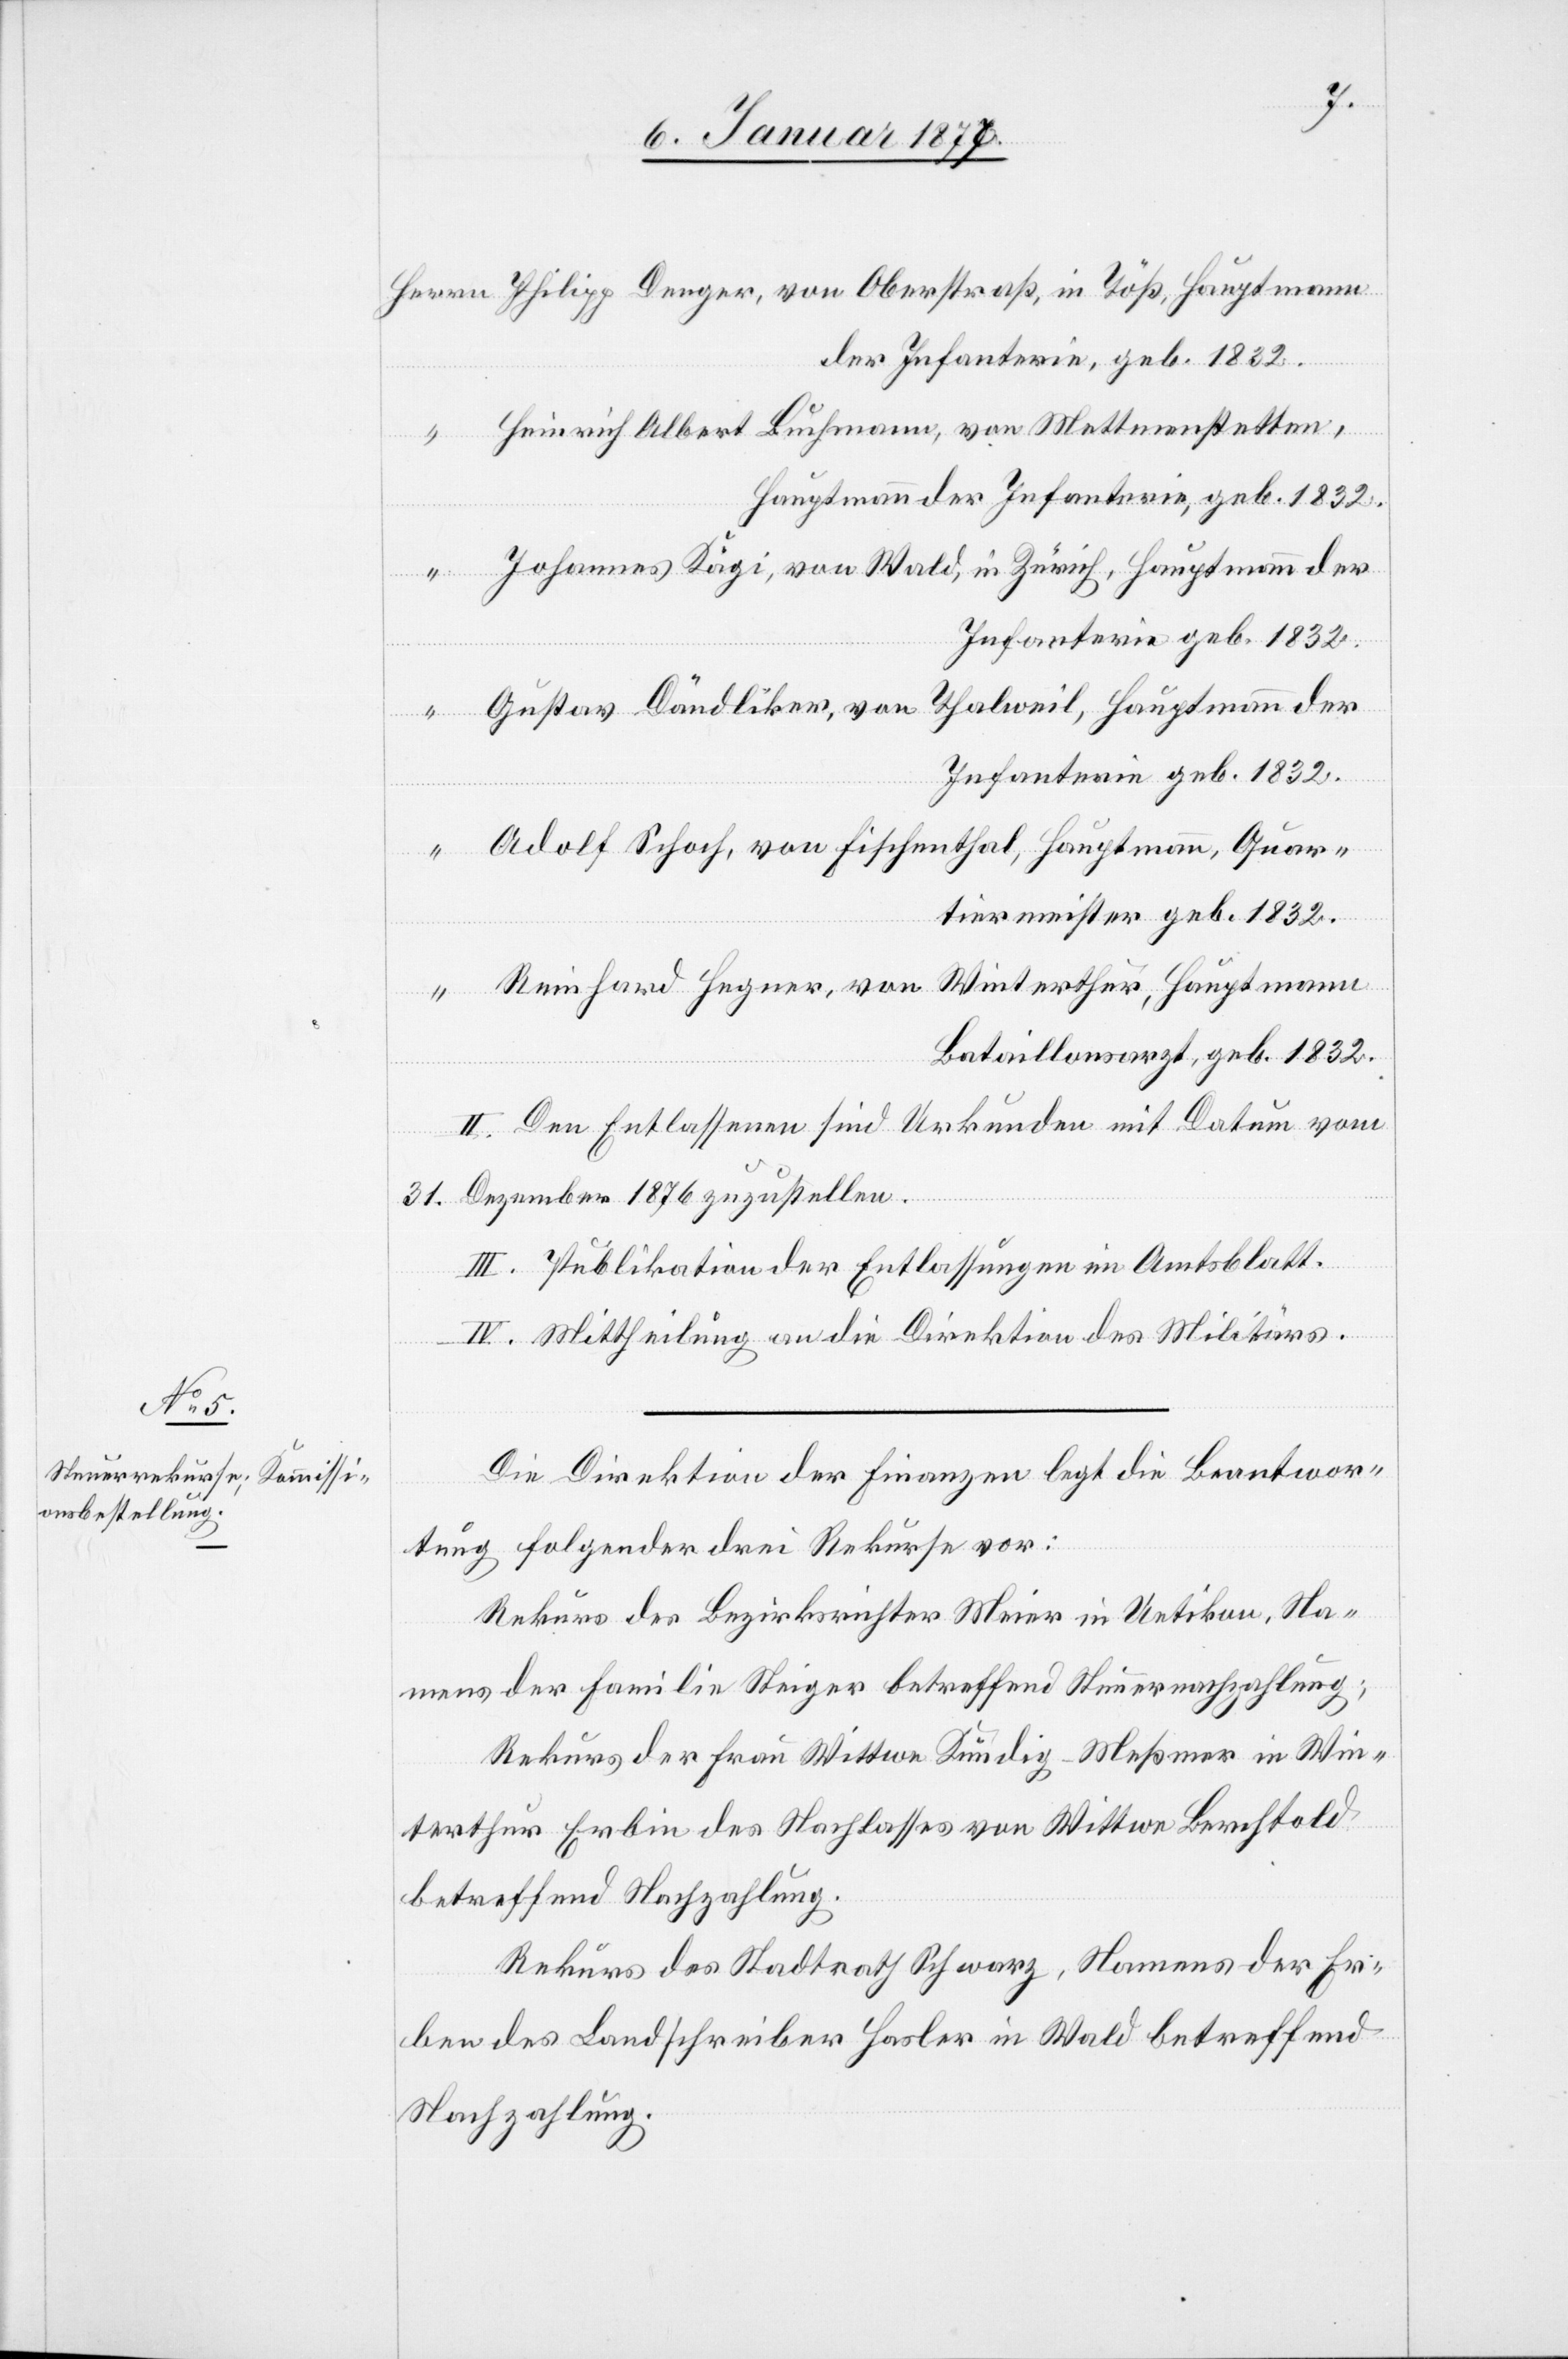
Herrn

Friedrich Alber Buchmann, von Mettmenstetten,
Hauptmann der Infanterie, geb. 1832.
Johannes Kägi, von Wald, in Zürch, Hauptmann der
Infanterie, geb. 1832.
Gustav Dändliker, von Thalweil, Hauptmann der
Infanterie geb. 1832.
Adolf Schoch, von Fischenthal, Hauptmann, Quar¬
tiermeister geb. 1832.
Reinhard Hegner, von Winterthur, Hauptmann
Bataillonsarzt, geb. 1832.
II. Den Entlassenen sind Urkunden mit Datum vom
“
31. Dezember 1876 zuzustellen.
III. Publikation der Entlassungen im Amtsblatt.
IV. Mittheilung an die Direktion des Militärs.
Die Direktion der Finanzen legt die Beantwor¬
tung folgender drei Rekurse vor:
Rekurs des Bezirksrichter Meier in Uetikon, Na¬
mens der Familie Steiger betreffend Steuernachzahlung.
Rekurs der Frau Wittwe Kündig-Meßmer in Win¬
terthur Erbin des Nachlasses von Wittwe Berchtold
betreffend Nachzahlung.
Rekurs des Stadtrath Schwarz, Namens der Er¬
ben des Landschreiber Hasler in Wald betreffend
Nachzahlung.

in